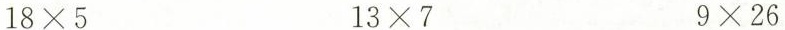
$$18\times 5$$ $$13\times 7$$ $$9\times 26$$